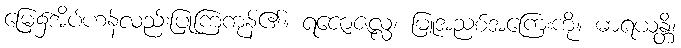
မြေ၌အိပ်ဟန်လည်းပြုကြကုန်၏။ ရဇောဇလ္လံ၊ မြူအညစ်အကြေးကို။ ဓာရယန္တိ၊